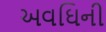
અવઘિની